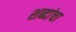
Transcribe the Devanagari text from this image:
शब्‍दांचा